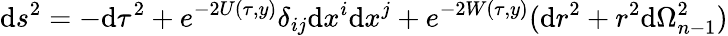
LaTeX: \mathrm{d}s^{2}=-\mathrm{d}\tau^{2}+e^{-2U(\tau,y)}\delta_{ij}\mathrm{d}x^{i}\mathrm{d}x^{j}+e^{-2W(\tau,y)}(\mathrm{d}r^{2}+r^{2}\mathrm{d}\Omega_{n-1}^{2})